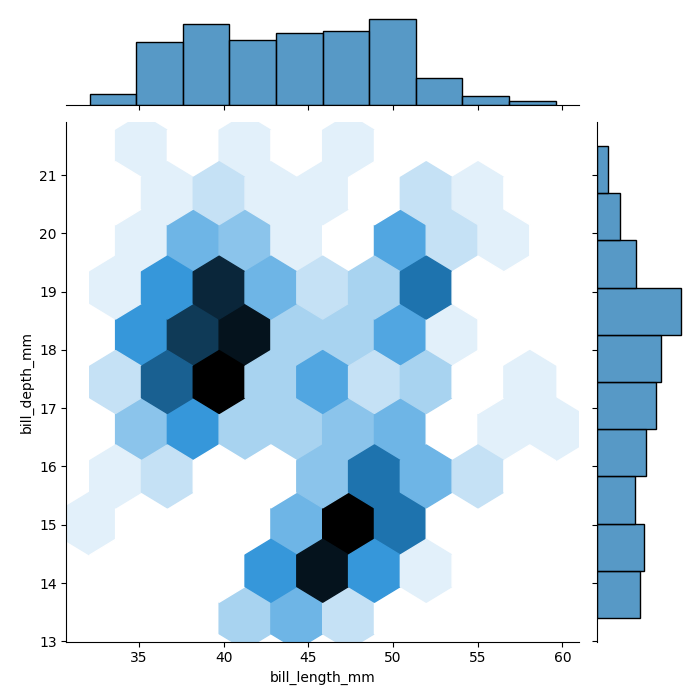
python, seaborn, jointplot, kind='hex', height='7', ratio='5', marginal_ticks='False'